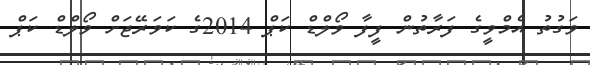
ވަގުތު އެމްވީގެ ފަރާތުން ފީފާ ވޯލްޑް ކަޕް 2014ގެ ކަވަރޭޖަށް ވޯލްޑް ކަޕް